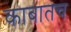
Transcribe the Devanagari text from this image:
काबातच